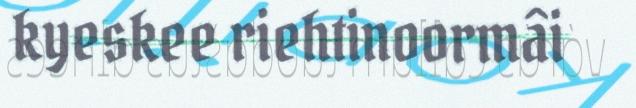
kyeskee riehtinoormâi